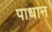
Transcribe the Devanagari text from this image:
पाधान